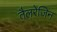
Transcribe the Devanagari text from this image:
तैलरेजिन